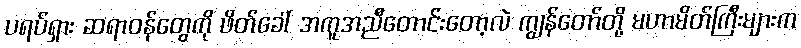
ပရပ်ရှား ဆရာဝန်တွေကို ဖိတ်ခေါ် အကူအညီတောင်းတော့လဲ ကျွန်တော်တို့ မဟာမိတ်ကြီးများက